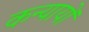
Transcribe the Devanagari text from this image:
कन्यायों